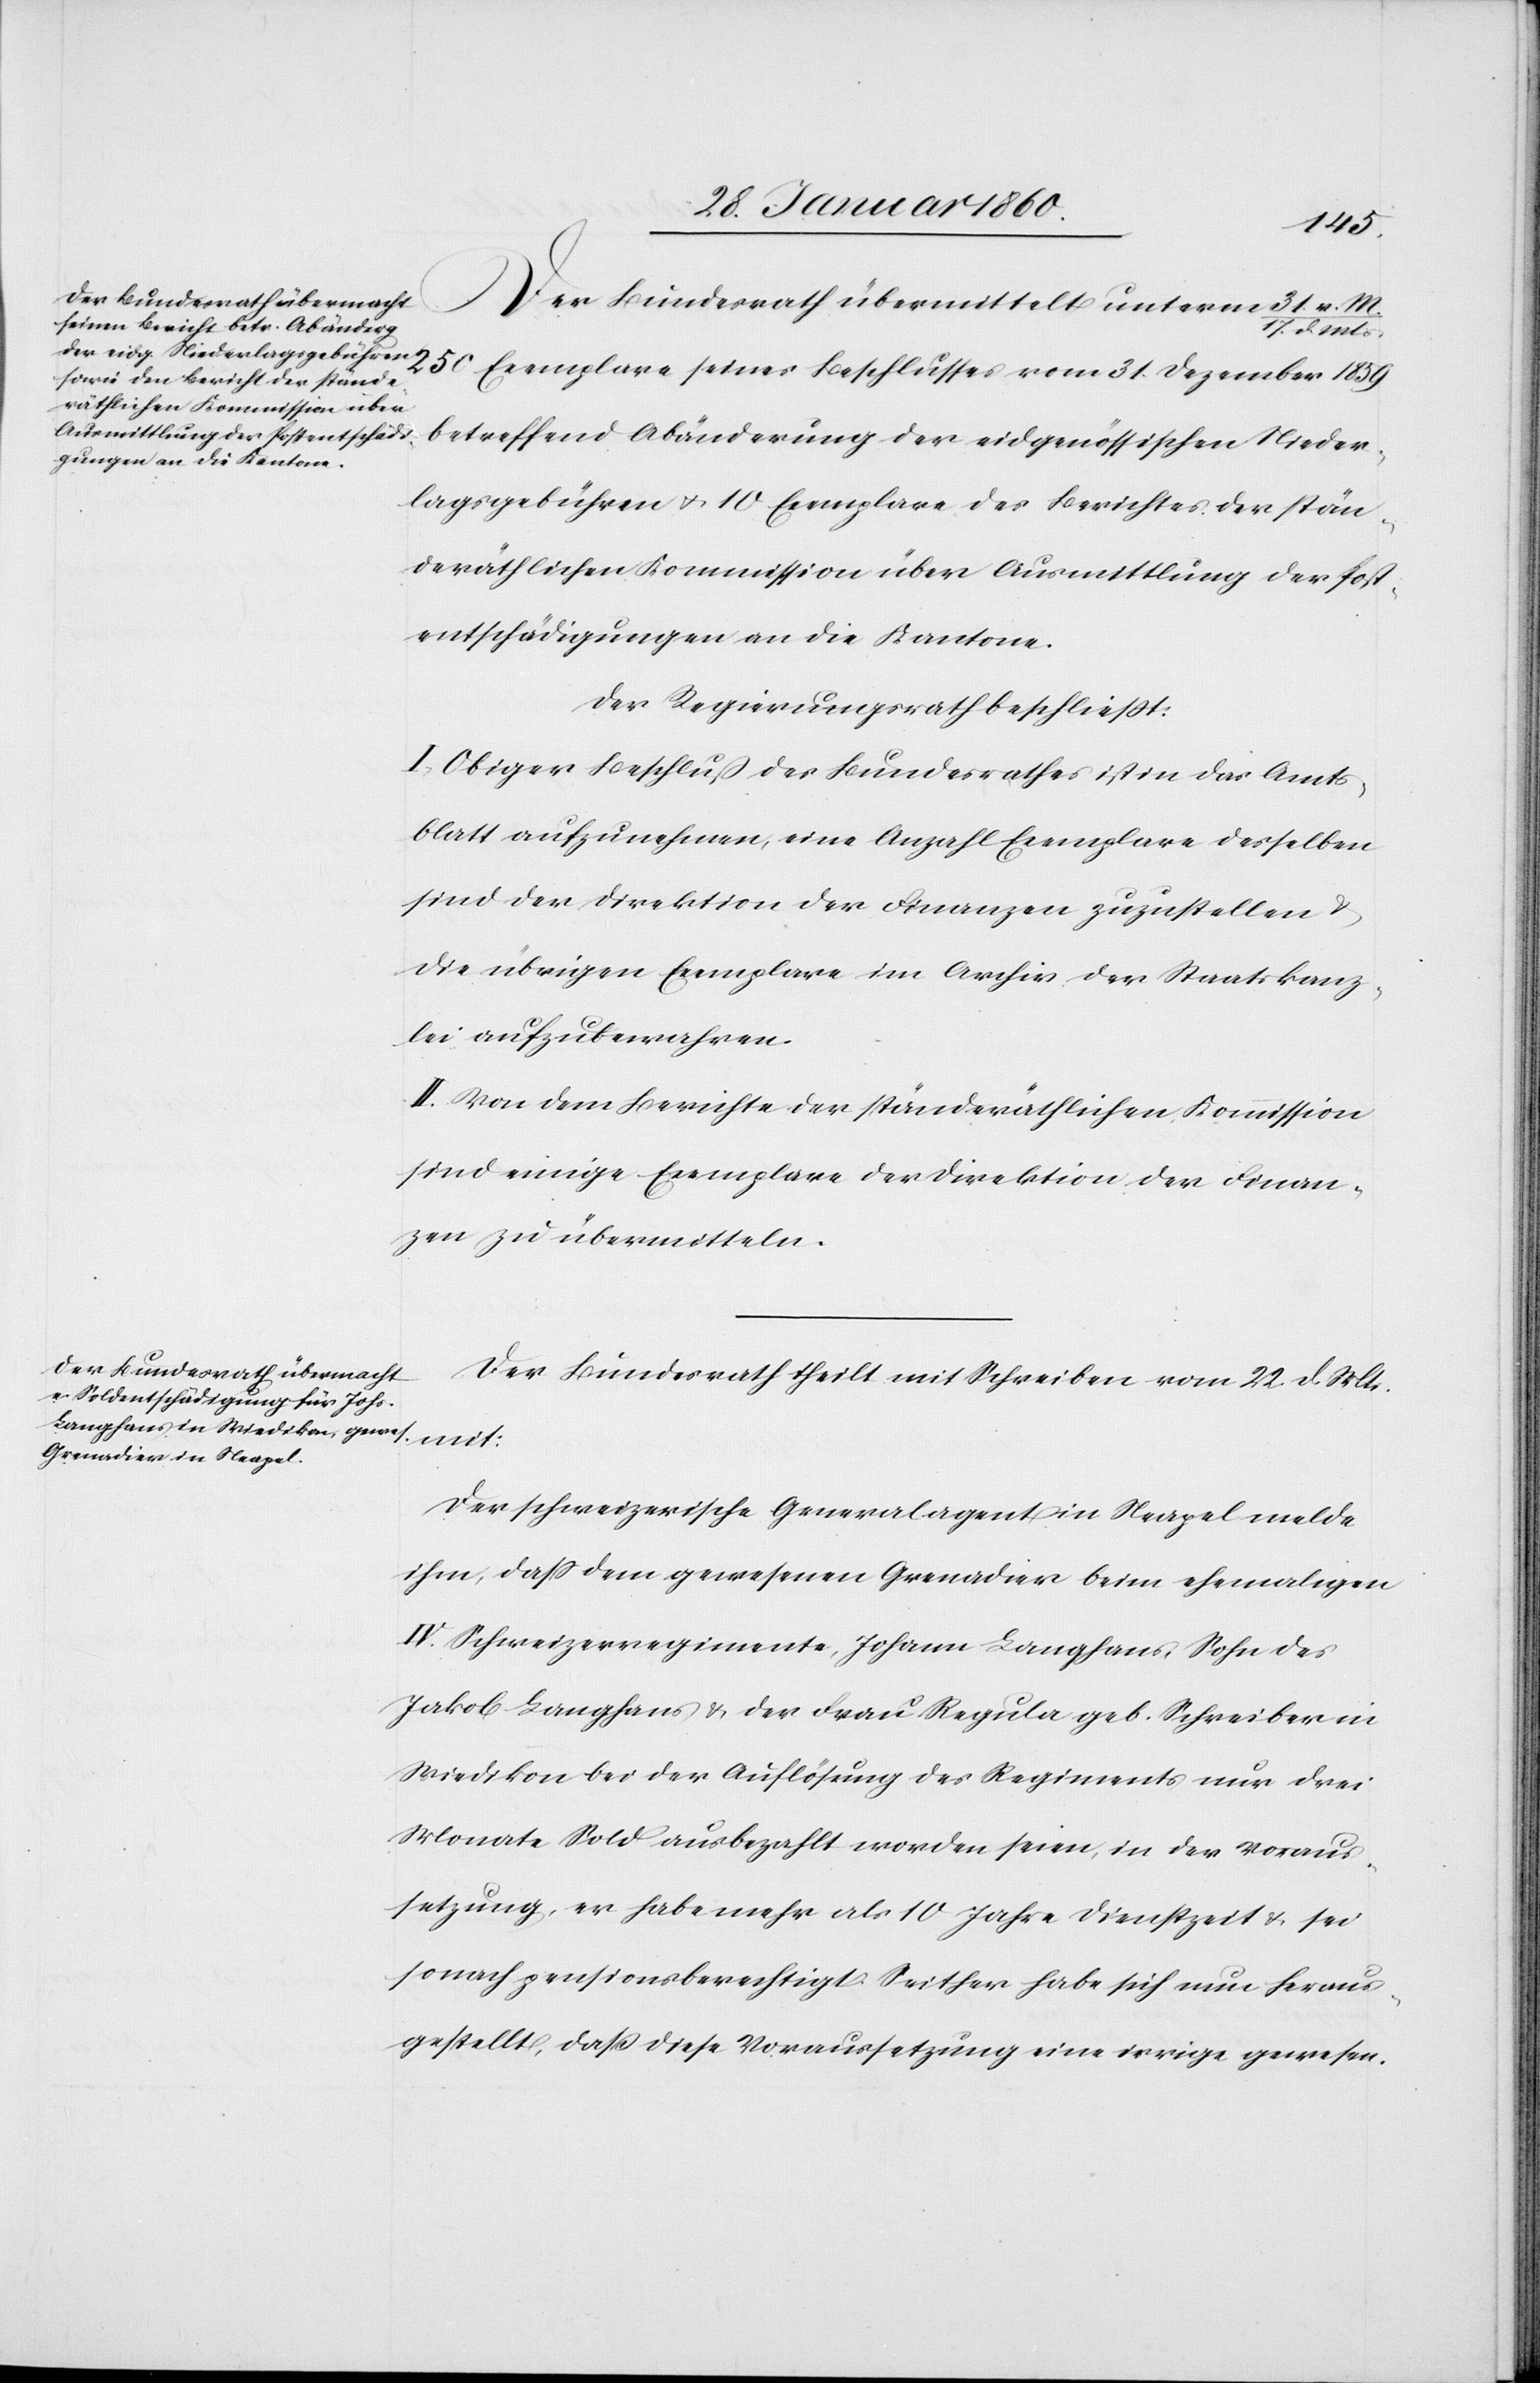
1859
Der Bundesrath übermittelt unterm 31. V. M./17.
31. Dezember
betreffend Abänderung der eidgenössischen Nieder¬
lagsgebühren u. 10. Exemplare des Berichtes der stän¬
desräthlichen Kommission über Ausmittlung der Post¬
entschädigungen an die Kantone.
Der Regierungsrath beschliesst:
I. Obiger Beschluss des Bundesrathes ist in das Amts¬
blatt aufzunehmen, eine Anzahl Exemplare desselben
sind der Direktion der Finanzen zuzustellen u.
die übrigen Exemplare im Archiv der Staatskanz¬
lei aufzubewahren.
II. Von dem Berichte der ständeräthlichen Kommission
sind einige Exemplare der Direktion der Finan¬
zen zu übermitteln.
Der Bundesrath theilt mit Schreiben vom 22. d. Mts.
mit:
Der schweizerische Generalagent in Neapel melde
ihm, dass dem gewesenen Grenadier beim ehemaligen
IV. Schweizerregimente, Johann Langhans, Sohn des
Jakob Langhans u. der Frau Regula geb. Schreiber in
Wiedikon bei der Auflösung des Regiments nur drei
Monate Sold ausbezahlt worden seien, in der Voraus¬
setzung, er habe mehr als 10. Jahre Dienstzeit u. sei
sonach pensionsberechtigt. Seither habe sich nun heraus¬
gestellt, dass diese Voraussetzung eine irrige gewesen.